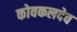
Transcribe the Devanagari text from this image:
कोवकलदेव